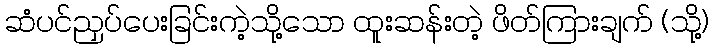
ဆံပင်ညှပ်ပေးခြင်းကဲ့သို့သော ထူးဆန်းတဲ့ ဖိတ်ကြားချက် (သို့)